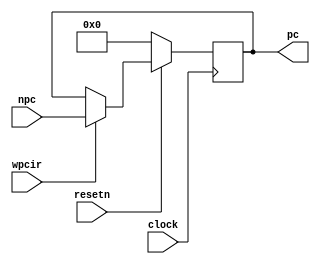
module pipepc( npc,wpcir,clock,resetn,pc );
	input wpcir, clock, resetn;
	input [31:0] npc;
	output [31:0] pc;
	
	reg [31:0] pc;
	
	always @ (posedge clock) begin
		if (resetn == 0) begin
			pc <= 0;
		end
		else begin
			if (wpcir) begin
				pc <= npc;
			end
		end
	end
endmodule